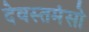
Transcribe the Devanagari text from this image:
देवस्तमंसो